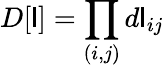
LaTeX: D[\mathsf{l}]=\prod_{(i,j)}d\mathsf{l}_{ij}